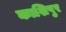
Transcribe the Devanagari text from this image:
काशिपुर